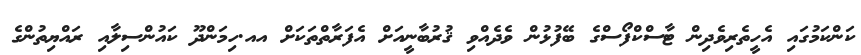
ކަންކަމުގައި އެހީތެރިވެދިން ޓާސްކްފޯސްގެ ބޭފުޅުން ވެދެއްވި ޤުރުބާނީއަށް އެފަރާތްތަކަށް އއ.ހިމަންދޫ ކައުންސިލާއި ރައްޔިތުންގެ